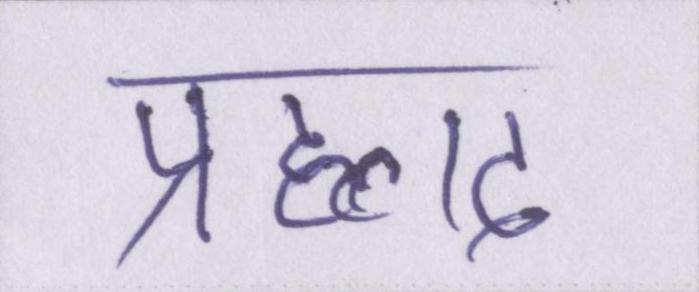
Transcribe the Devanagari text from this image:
प्रह्लाद